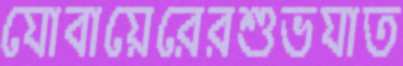
যোবায়েরেরশুভযাত